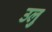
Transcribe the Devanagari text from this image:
उलु